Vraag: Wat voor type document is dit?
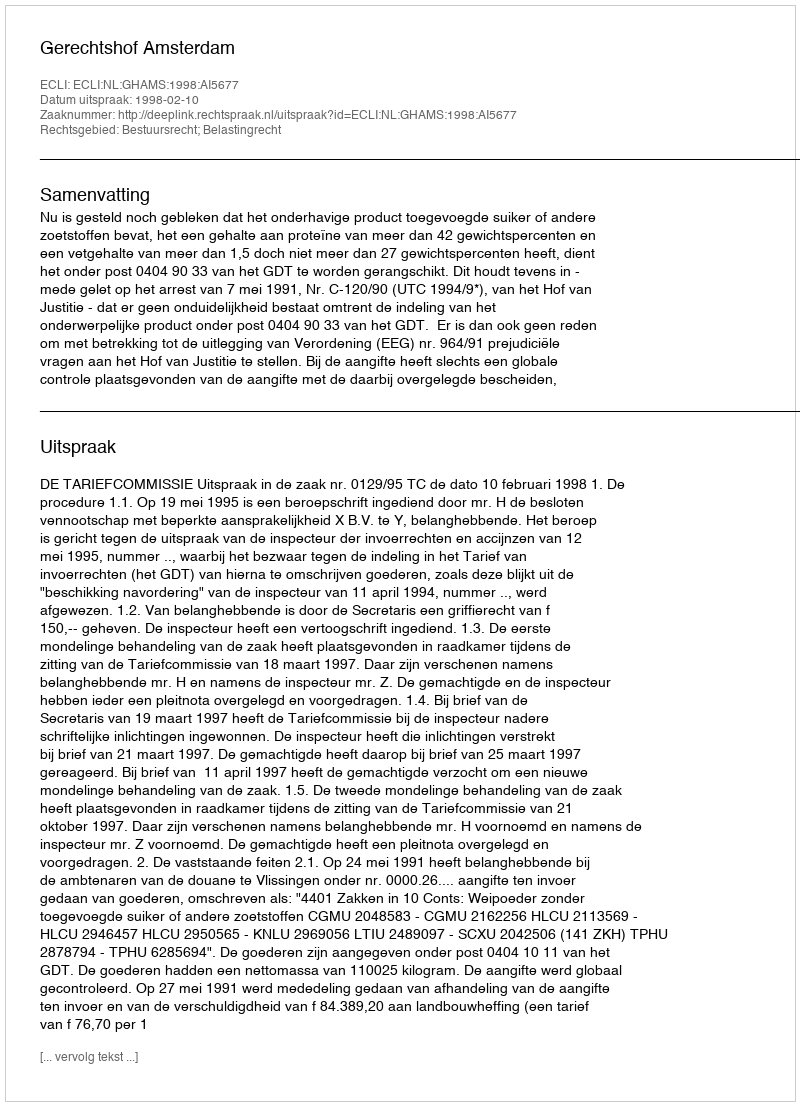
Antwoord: Uitspraak